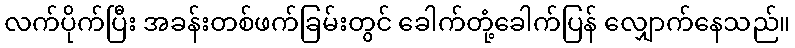
လက်ပိုက်ပြီး အခန်းတစ်ဖက်ခြမ်းတွင် ခေါက်တုံ့ခေါက်ပြန် လျှောက်နေသည်။